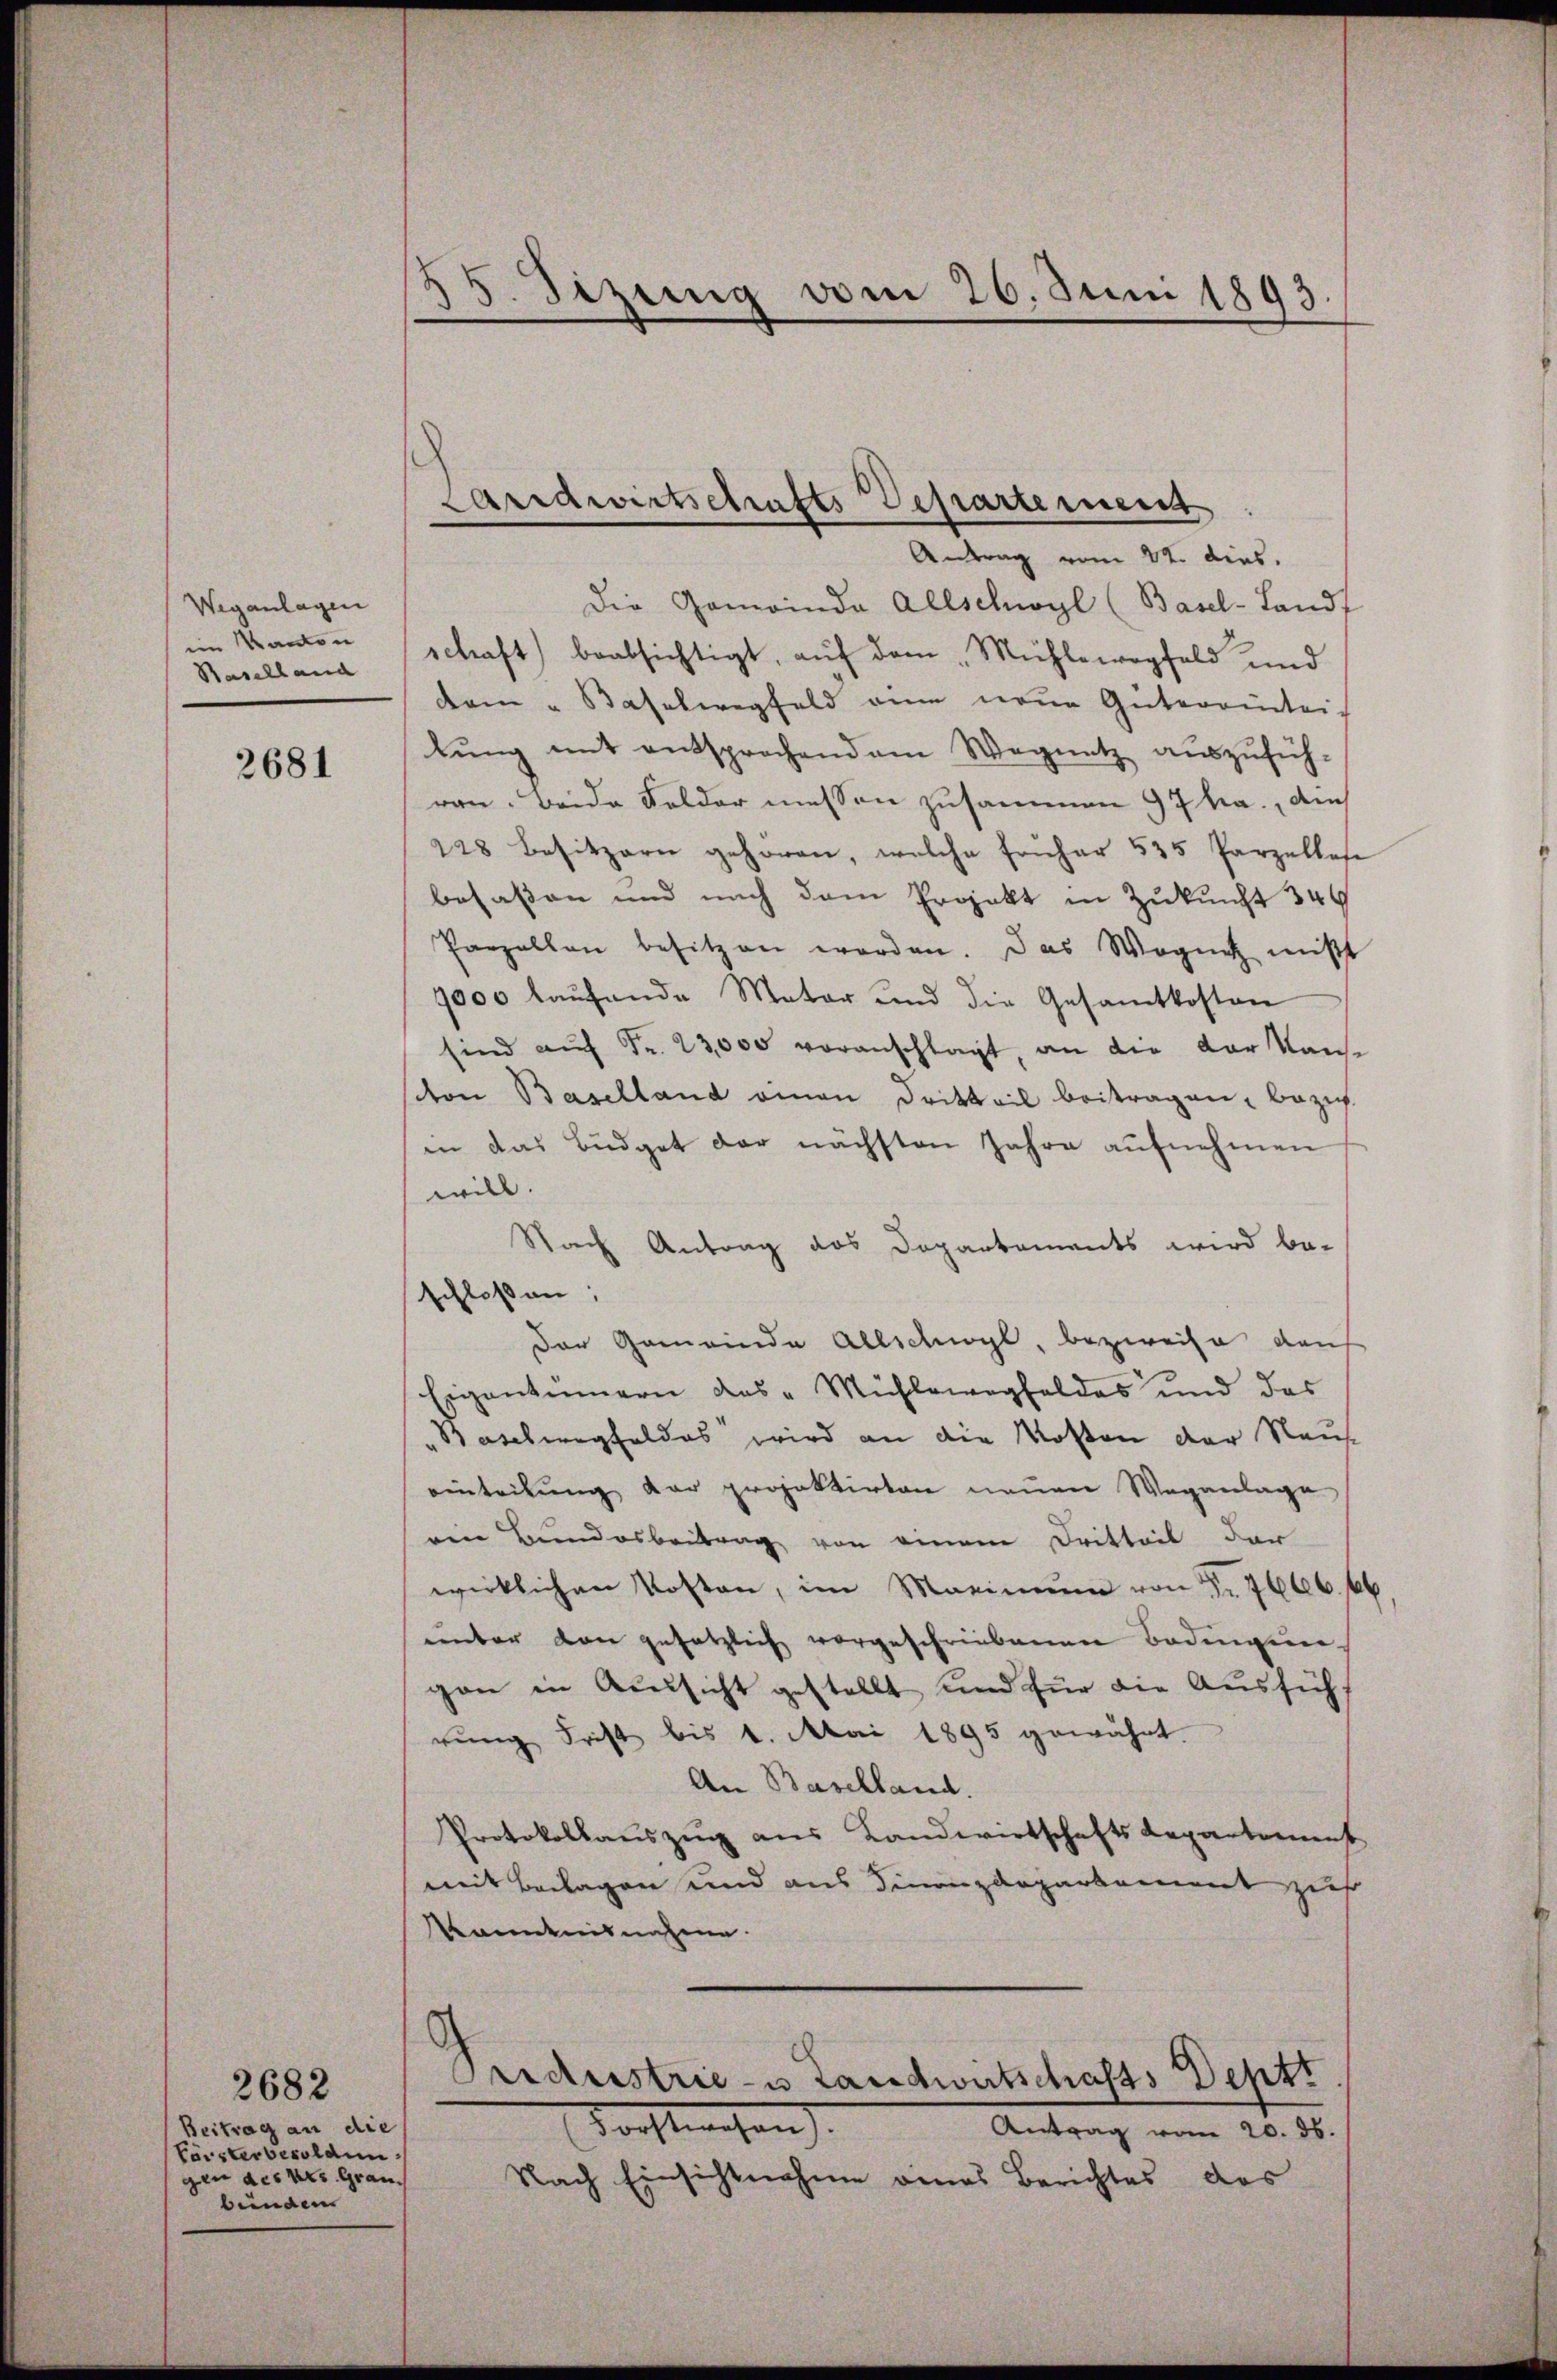
Weganlagen
ein Kanton
Baselland

2681

2682
Beitrag an die
Försterbesoldun
gen des vor. Graubenden

55. Dezung vom 26. Juni 1893

Laridwirtschafts Departement

Antrag vom 22. dies.
Die Gemeinde Allschwyl (Basel-Landf
schaft) beabsichtigt, aŭf dem Mühlewogfeld und
dam " Baselwegfeld am neŭe Güterrentei-
lŭng mit entsprochend am Wegnetz aŭszŭfüh-
ren. Beide Felder messen zusammen 97 ha., die
228 besitzern gehören, welche fonhar 535 Parzellese
besaßen und nach dem Projekt in Zukunft 340
Parzellen besitzen worden. Das Wagnet mißt
1000 laufende Meter und die Gesamtkosten
sind auf Fr. 23,000 voranschlagt, an die der Kaise
ton Baselland einen Dritteil beitragen, bezieh
in das Büdget der nächsten Jahre aufnehmen
will.
Nach Antrag des Dopartements wird be-
schloßen:
Der Gemeinde Allschwyl, bezweife dah
Eigentümern das „Mühlewegheldes und das
"Baselwegfeldes wird an die Kosten der Raus
eintritŭng der projektirten neuen Weganlage
nen Bundesbeitrag von einem Dritteil der
wirklichen Kosten, im Maximum von Fr. 7666 f
unter den gesetzlich vorgeschriebenen Badengen
gan in Aussicht gestellt und für die Ausfüh
rung Frist bis 1. Mai 1895 gewährt
An Baselland.
Protokollauszug aus Landwirtschaftsdepartement
mit Beilagen und aus Finanzdepartement zuf
kanntnisnahme.
Oridustrie- u Landwirtschafts Depts
Vorstwesen. |
Antrag vom 20. ds.
Nach Einsichtnahme eines Berichtes des